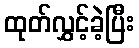
ထုတ်လွှင့်ခဲ့ပြီး